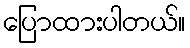
ပြောထားပါတယ်။